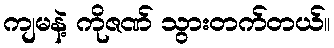
ကျမနဲ့ ကိုဇဏ် သွားတက်တယ်။